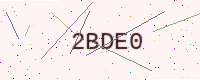
Text: 2BDE0